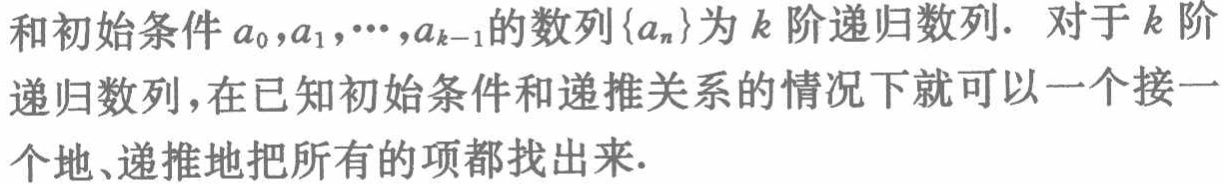
和初始条件$a_{0},a_{1},\cdots,a_{k - 1}$的数列$\{a_{n}\}$为$k$阶递归数列. 对于$k$阶递归数列，在已知初始条件和递推关系的情况下就可以一个接一个地、递推地把所有的项都找出来.